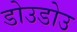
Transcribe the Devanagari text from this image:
डोउडोउ